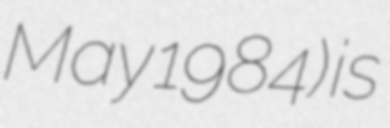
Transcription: May 1984) is